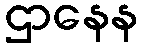
ဌာနေန